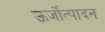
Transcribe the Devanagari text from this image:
ऊर्जोत्पादन